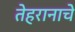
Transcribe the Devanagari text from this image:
तेहरानाचे